Civil Veterinary Dept. Bombay admin report 1932-41 - 1932-1941
Year: 1932
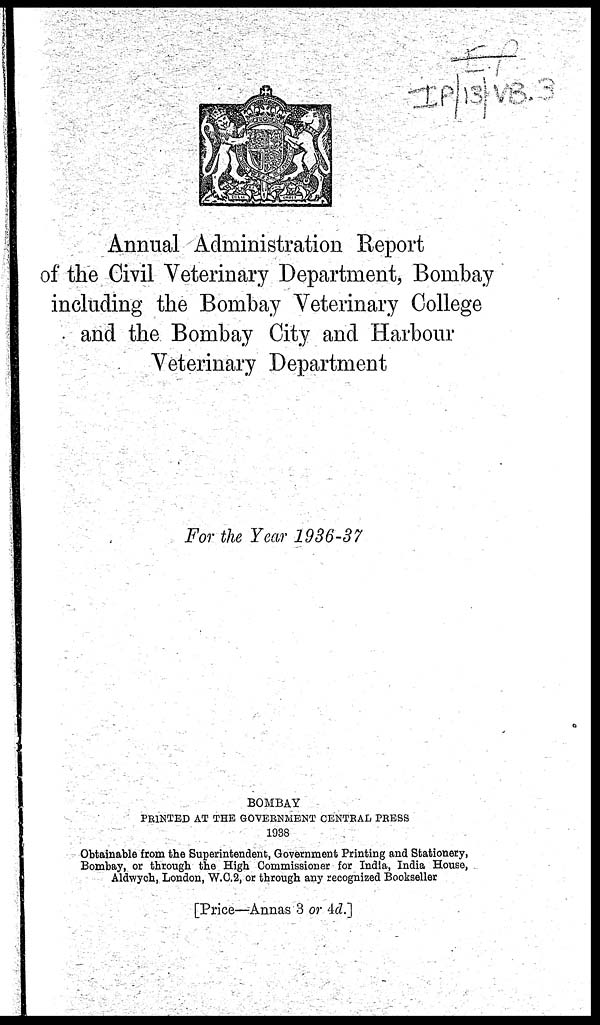
Annual Administration Report
of the Civil Veterinary Department, Bombay
including the Bombay Veterinary College
and the Bombay City and Harbour
Veterinary Department
For the Year 1936-37
BOMBAY
PRINTED AT THE GOVERNMENT CENTRAL PRESS
1938
Obtainable from the Superintendent, Government Printing and Stationery,
Bombay, or through the High Commissioner for India, India House,
Aldwych, London, W.C.2, or through any recognized Bookseller
[Price—Annas 3 or 4d.]